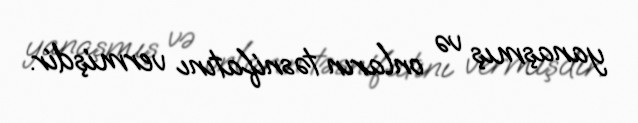
yanaşmış və onların təsnifatını vermişdir.